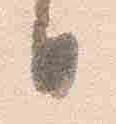
日